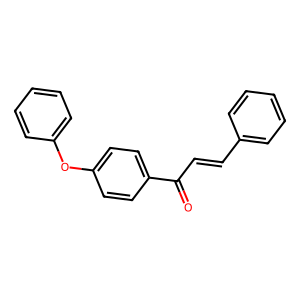
SMILES: O=C(C=Cc1ccccc1)c1ccc(Oc2ccccc2)cc1
Inhibits HIV replication: No